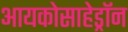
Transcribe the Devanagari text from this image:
आयकोसाहेड्रॉन